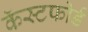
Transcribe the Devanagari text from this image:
कॅस्टफोर्ड